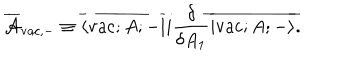
\overline { { { \cal A } } } _ { \mathrm { v a c } , - } \equiv \overline { { { \langle \mathrm { v a c } ; A ; - | } } } i \frac { \delta } { \delta A _ { 1 } } \overline { { { | \mathrm { v a c } ; A ; - \rangle } } } .